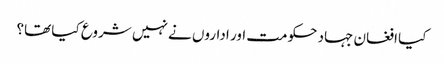
کیا افغان جہاد حکومت اور اداروں نے نہیں شروع کیا تھا؟